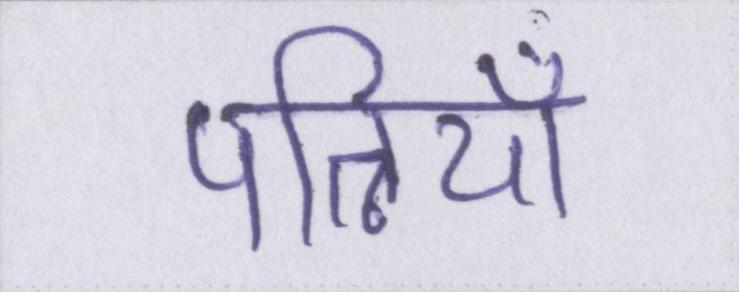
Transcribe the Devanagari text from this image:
पत्नियाँ